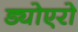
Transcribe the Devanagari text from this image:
ड्योएरो